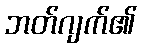
ဘတ်ဂျက်၏